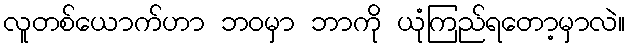
လူတစ်ယောက်ဟာ ဘဝမှာ ဘာကို ယုံကြည်ရတော့မှာလဲ။